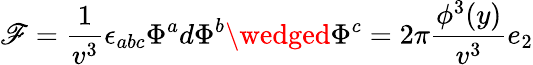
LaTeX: \mathscr{F}=\frac{1}{{v^{3}}}\epsilon_{abc}\Phi^{a}d\Phi^{b}\wedged\Phi^{c}=2\pi\frac{{\phi^{3}(y)}}{{v^{3}}}e_{2}